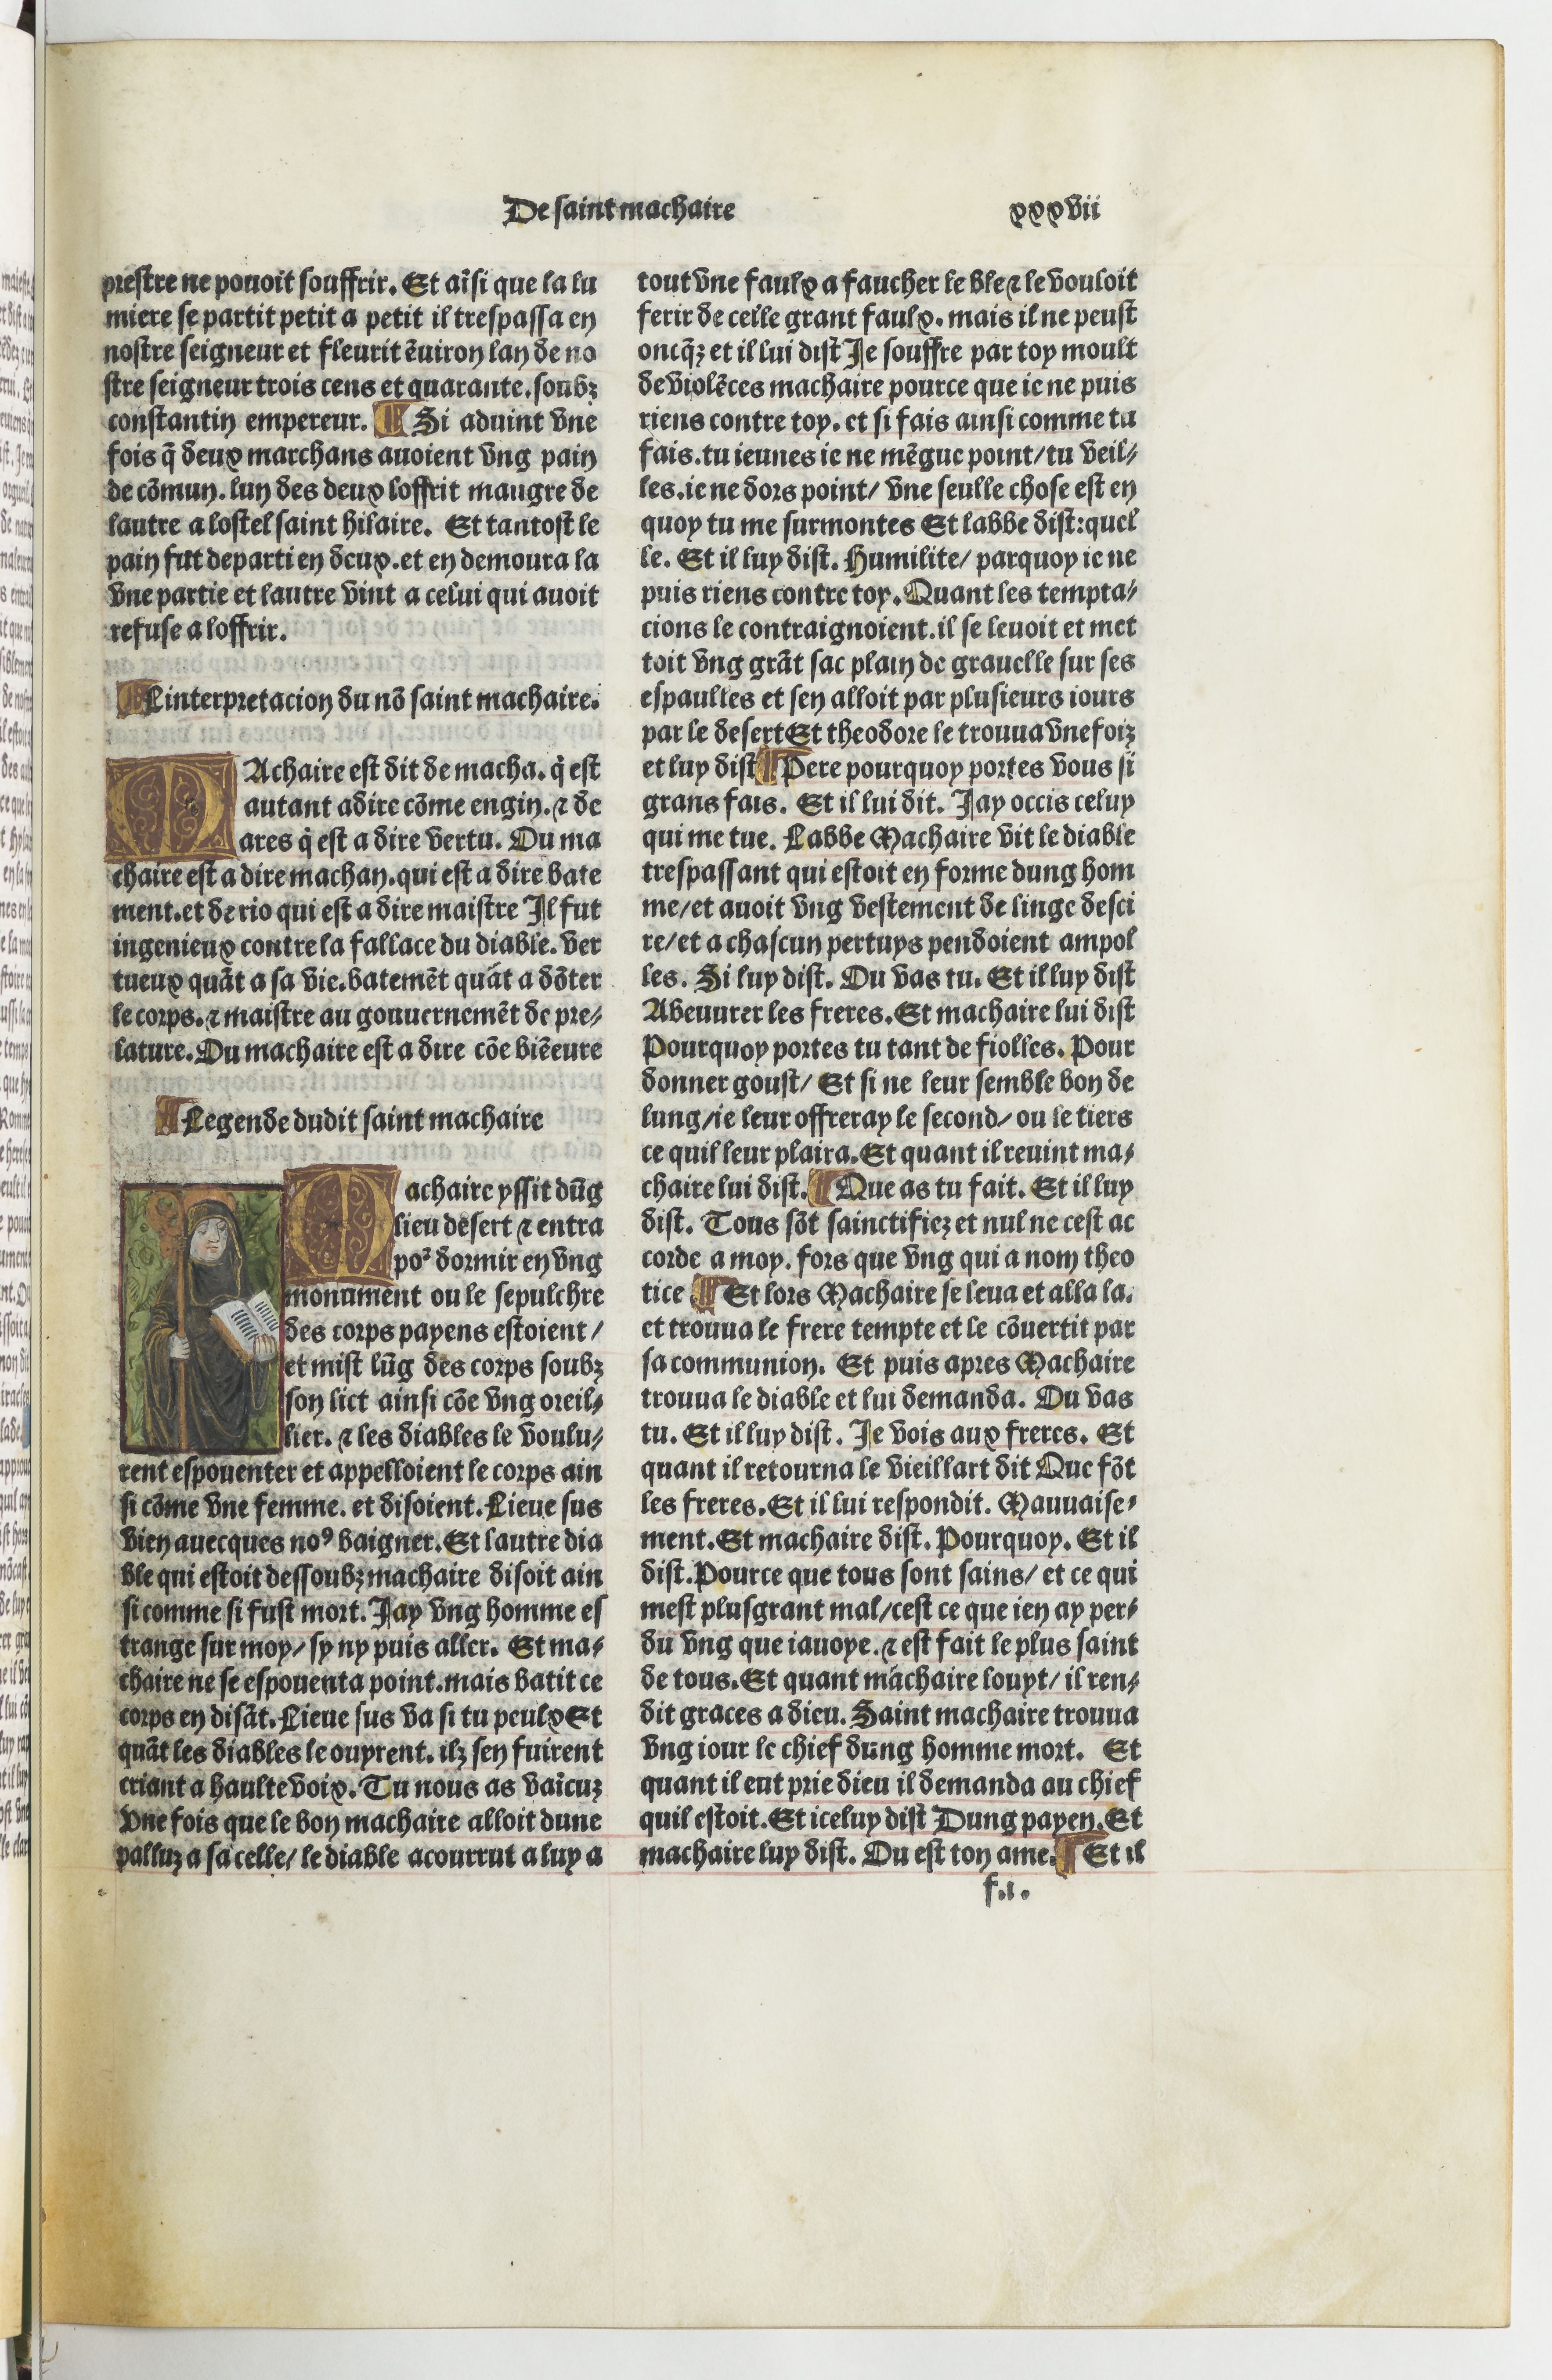
Shelfmark: Paris, BnF, Velins 690
Century: 15